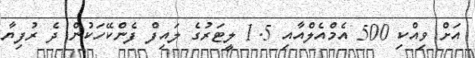
އަށް ވިއްކި 500 އެމްއެލްއާއި 1.5 ލީޓަރުގެ ލައިފް ފެންކޭހަކުން ދެ ރުފިޔާ